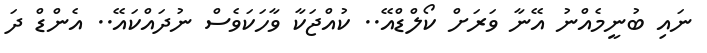
ނައި ބުނީމެއްނު އޭނާ ވަރަށް ކޯލްޑްއޭ.. ކުއްޖަކާ ވާހަކަވެސް ނުދައްކައޭ.. އެންޑް ދަ